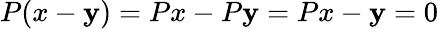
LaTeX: P(x-\mathbf{y})=Px-P\mathbf{y}=Px-\mathbf{y}=0